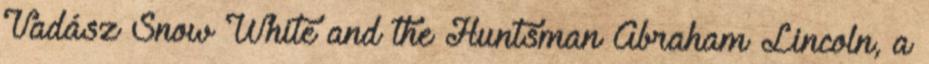
Vadász Snow White and the Huntsman Abraham Lincoln, a